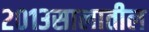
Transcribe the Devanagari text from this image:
२०१३सालातील